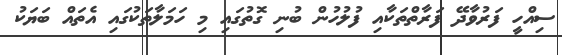
ސިއްހީ ފަރުވާދޭ ފަރާތްތަކާއި ފުލުހުން ބުނި ގޮތުގައި މި ހަމަލާތަކުގައި އެތައް ބަޔަކު